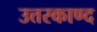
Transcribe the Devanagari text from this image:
उत्तरकाण्द